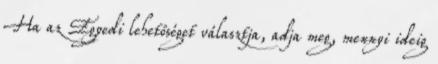
Ha az Egyedi lehetőséget választja, adja meg, mennyi ideig